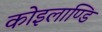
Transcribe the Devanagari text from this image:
कोइलाण्डि